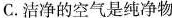
C.洁净的空气是纯净物